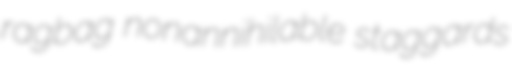
ragbag nonannihilable staggards